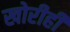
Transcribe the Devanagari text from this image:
खोरीही